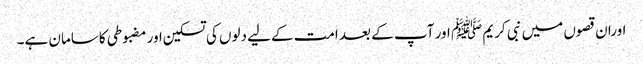
اوران قصوں میں نبی کریم ﷺ اور آپ کے بعد امت کےلیے دلوں کی تسکین اور مضبوطی کاسامان ہے۔